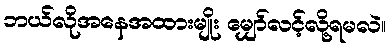
ဘယ်လိုအနေအထားမျိုး မျှော်လင့်လို့ရမလဲ။